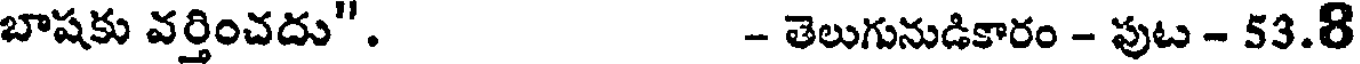
బాషకు వర్తించదు". - తెలుగునుడికారం - పుట - 53.8